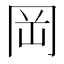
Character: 岡